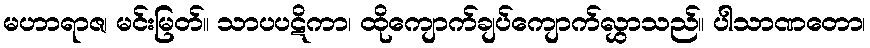
မဟာရာဇ၊ မင်းမြတ်။ သာပပဋိကာ၊ ထိုကျောက်ချပ်ကျောက်လွှာသည်။ ပါသာဏတော၊